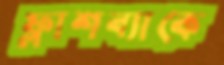
ফ্লাশব্যাকে